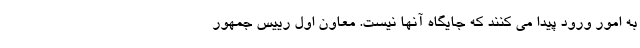
به امور ورود پیدا می کنند که جایگاه آنها نیست. معاون اول رییس جمهور